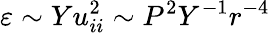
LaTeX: \varepsilon\sim Yu_{ii}^{2}\sim P^{2}Y^{-1}r^{-4}